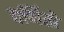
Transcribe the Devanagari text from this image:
वर्णितो